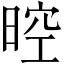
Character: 𣈞